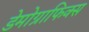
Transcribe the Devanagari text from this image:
डेमोग्राफिक्स